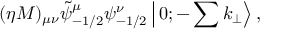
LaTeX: ( \eta M ) _ { \mu \nu } \tilde { \psi } _ { - 1 / 2 } ^ { \mu } \psi _ { - 1 / 2 } ^ { \nu } \left| \, 0 ; - \sum k _ { \perp } \right> ,